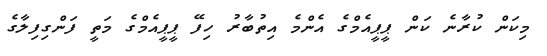
މިކަން ކުރާނެ ކަން ޕީޕީއެމްގެ އެންމެ އިތުބާރު ހިފޭ ޕީޕީއެމްގެ މަތީ ފަންގިފިލާގެ